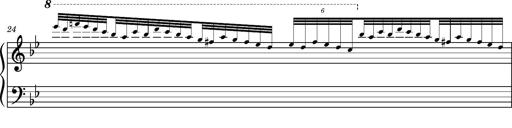
Title: Ungarischer Romanzero
Composer: Franz Liszt